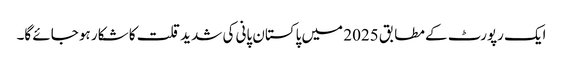
ایک رپورٹ کے مطابق 2025 میں پاکستان پانی کی شدید قلت کا شکار ہو جائے گا۔